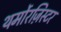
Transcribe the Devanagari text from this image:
थर्मोरज़िस्टर